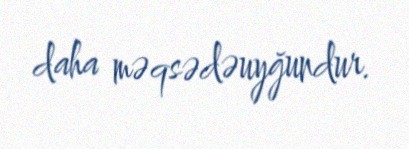
daha məqsədəuyğundur.